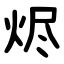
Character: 烬